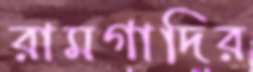
রামগাদির